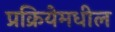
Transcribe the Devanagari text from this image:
प्रक्रियेमधील